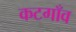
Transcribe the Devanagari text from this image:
कटगाँव